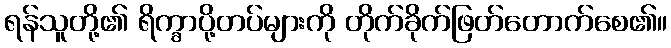
ရန်သူတို့၏ ရိက္ခာပို့တပ်များကို တိုက်ခိုက်ဖြတ်တောက်စေ၏။